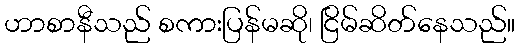
ဟာစာနီသည် စကားပြန်မဆို၊ ငြိမ်ဆိတ်နေသည်။